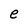
Character: e